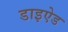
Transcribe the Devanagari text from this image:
डाइऐड